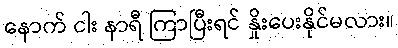
နောက် ငါး နာရီ ကြာပြီးရင် နှိုးပေးနိုင်မလား။